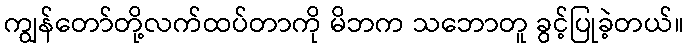
ကျွန်တော်တို့လက်ထပ်တာကို မိဘက သဘောတူ ခွင့်ပြုခဲ့တယ်။